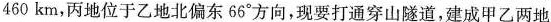
460km，丙地位于乙地北偏东66°方向，现要打通穿山隧道，建成甲乙两地